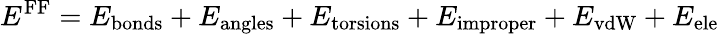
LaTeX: E^{\mathrm{FF}}=E_{\mathrm{bonds}}+E_{\mathrm{angles}}+E_{\mathrm{torsions}}+E_{\mathrm{improper}}+E_{\mathrm{vdW}}+E_{\mathrm{ele}}